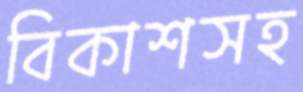
বিকাশসহ